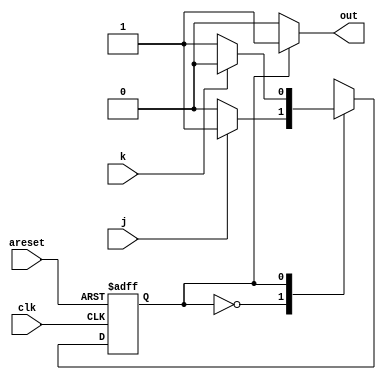
`timescale 1ns / 1ps
//////////////////////////////////////////////////////////////////////////////////
// Company: 
// Engineer: 
// 
// Design Name: 
// Module Name: des
// Project Name: 
// Target Devices: 
// Tool Versions: 
// Description: 
// 
// Dependencies: 
// 
// Revision:
// Revision 0.01 - File Created
// Additional Comments:
// 
//////////////////////////////////////////////////////////////////////////////////


module des(
    input clk,
    input areset,   
    input j,
    input k,
    output out); 

    parameter OFF=0, ON=1; 
    reg state, next_state;

    always @(*) begin
        case(state) 
        
        OFF:begin
        if(j)
        next_state<=ON;
        else
        next_state<=OFF;
        end
        
        ON:begin
        if(k)
        next_state<=OFF;
        else
        next_state<=ON;
        end
        
        default:begin
        next_state<=OFF;
        end
        endcase
        
    end

    always @(posedge clk, posedge areset) begin
        if(areset) 
        state<=OFF;
        else
        state<=next_state;
    end

    assign out = (state==0)?0:1;

endmodule